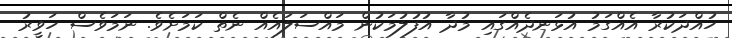
ހުއްދަކުރާ އެއްގަމު އުޅަނދެއްގައި މުދާ އުފުލުމަކުން މައްސަލައެއް ނެތް ކަމަށެވެ. ނަމަވެސް ހަވީރު